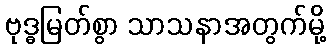
ဗုဒ္ဓမြတ်စွာ သာသနာအတွက်မို့